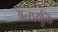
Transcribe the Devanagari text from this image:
अत्ययुक्ति